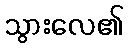
သွားလေ၏